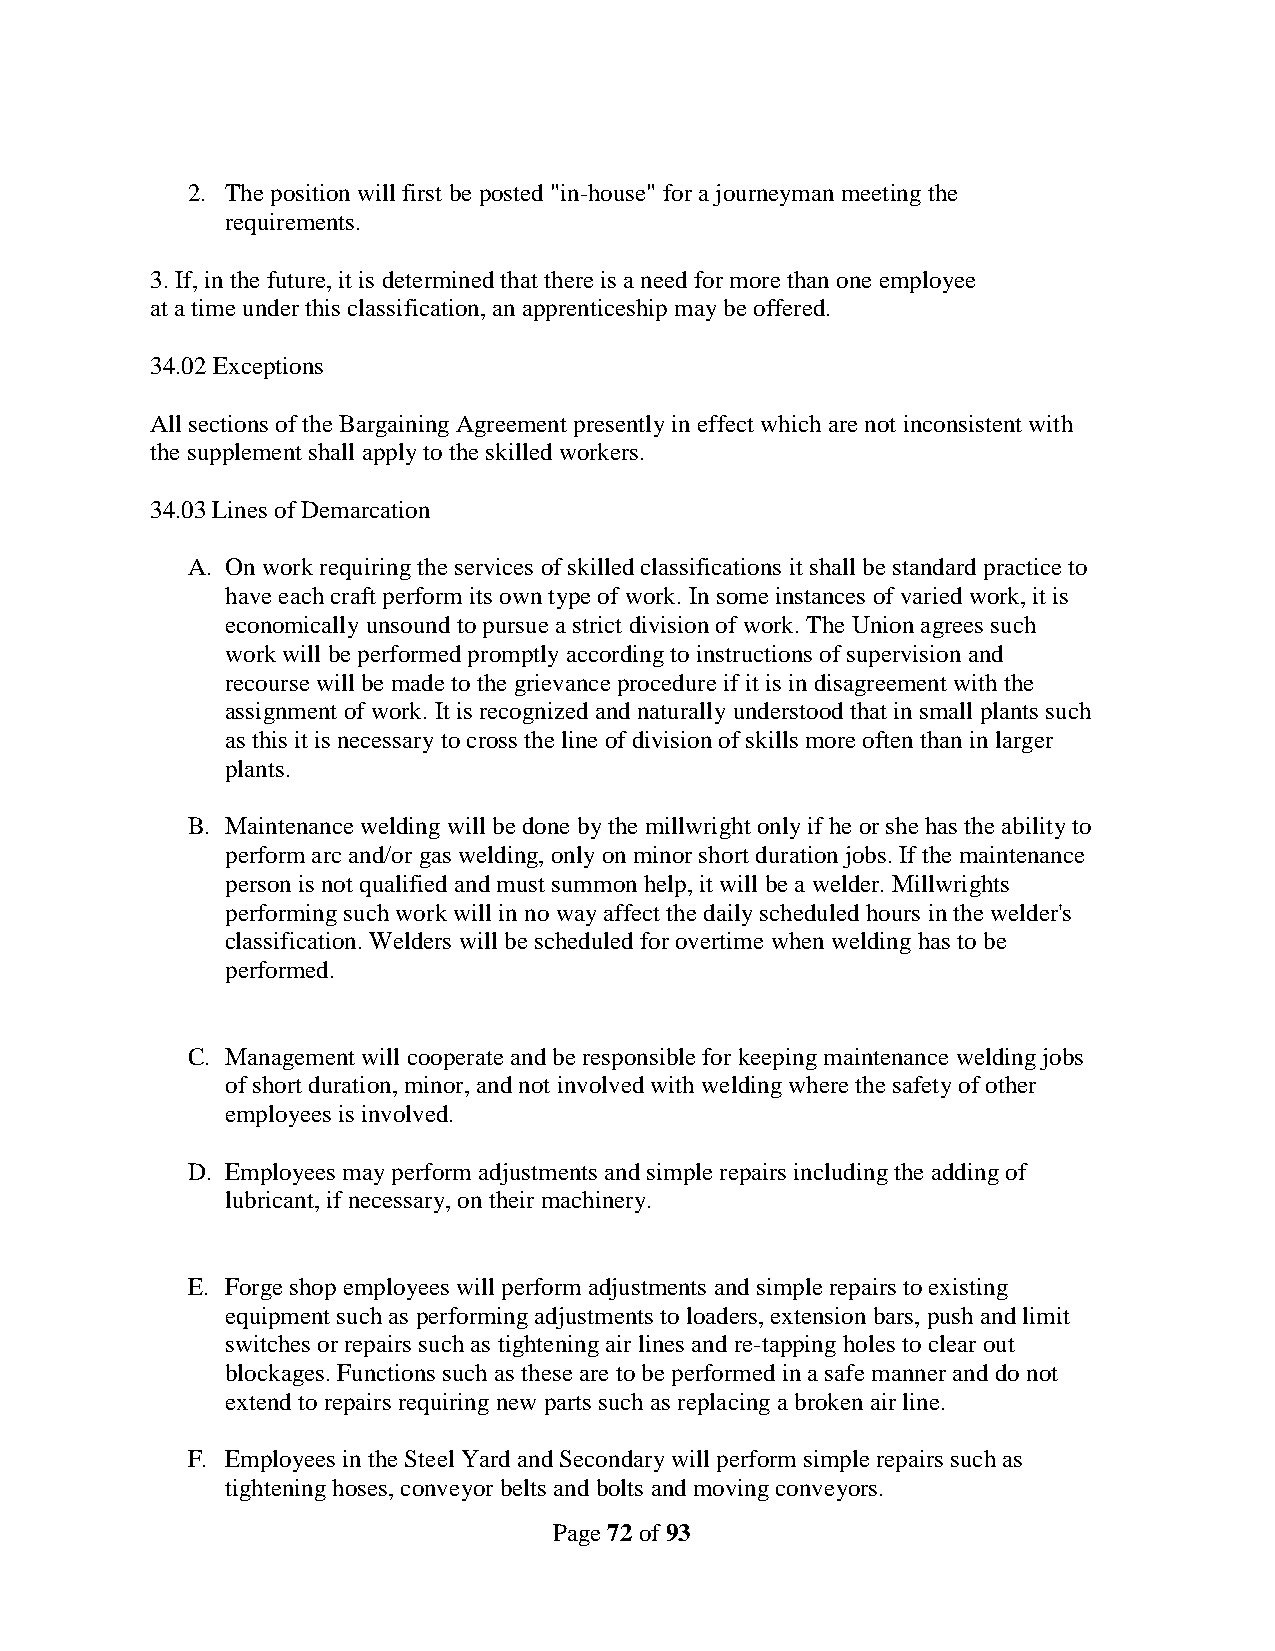
2. The position will first be posted "in-house" for a journeyman meeting the
 requirements.
 3. If, in the future, it is determined that there is a need for more than one employee
 at a time under this classification, an apprenticeship may be offered.
 34.02 Exceptions
 All sections of the Bargaining Agreement presently in effect which are not inconsistent with
 the supplement shall apply to the skilled workers.
 34.03 Lines of Demarcation
 A. On work requiring the services of skilled classifications it shall be standard practice to
 have each craft perform its own type of work. In some instances of varied work, it is
 economically unsound to pursue a strict division of work. The Union agrees such
 work will be performed promptly according to instructions of supervision and
 recourse will be made to the grievance procedure if it is in disagreement with the
 assignment of work. It is recognized and naturally understood that in small plants such
 as this it is necessary to cross the line of division of skills more often than in larger
 plants.
 B. Maintenance welding will be done by the millwright only if he or she has the ability to
 perform arc and/or gas welding, only on minor short duration jobs. If the maintenance
 person is not qualified and must summon help, it will be a welder. Millwrights
 performing such work will in no way affect the daily scheduled hours in the welder's
 classification. Welders will be scheduled for overtime when welding has to be
 performed.
 C. Management will cooperate and be responsible for keeping maintenance welding jobs
 of short duration, minor, and not involved with welding where the safety of other
 employees is involved.
 D. Employees may perform adjustments and simple repairs including the adding of
 lubricant, if necessary, on their machinery.
 E. Forge shop employees will perform adjustments and simple repairs to existing
 equipment such as performing adjustments to loaders, extension bars, push and limit
 switches or repairs such as tightening air lines and re-tapping holes to clear out
 blockages. Functions such as these are to be performed in a safe manner and do not
 extend to repairs requiring new parts such as replacing a broken air line.
 F. Employees in the Steel Yard and Secondary will perform simple repairs such as
 tightening hoses, conveyor belts and bolts and moving conveyors.
 Page 72 of 93